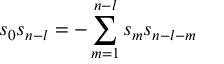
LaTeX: s _ { 0 } s _ { n - l } = - \sum _ { m = 1 } ^ { n - l } s _ { m } s _ { n - l - m }